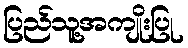
ပြည်သူ့အကျိုးပြု